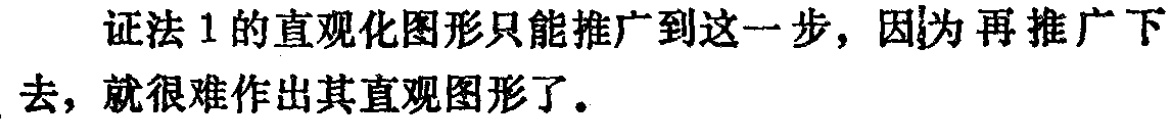
证法 1 的直观化图形只能推广到这一步，因为再推广下去，就很难作出其直观图形了。